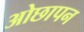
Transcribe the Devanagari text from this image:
ओछापन